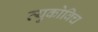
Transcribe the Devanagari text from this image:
व्युकोविच